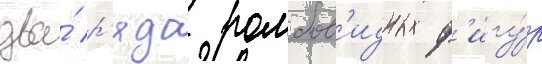
два́ р'яда ромбов'идных ф'игу́р